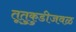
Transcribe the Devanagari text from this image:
तूतुकुडीजवळ